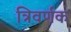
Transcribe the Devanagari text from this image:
त्रिवर्णक